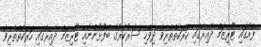
ފެއާގައި ޓޫރިޒަމް ދާއިރާގައި ހަރަކާތްތެރިވާ ދިވެހި ސަރުކާރުގެ ބޭފުޅުންނާއި ޓޫރިޒަމް ދާއިރާގައި ހަރަކާތްތެރިވާ